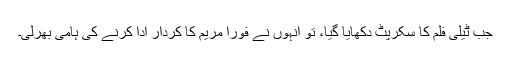
جب ٹیلی فلم کا سکرپٹ دکھایا گیا، تو انہوں نے فوراً مریم کا کردار ادا کرنے کی ہامی بھرلی۔